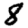
Digit: 8